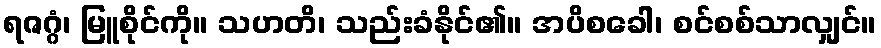
ရဇဂ္ဂံ၊ မြူစိုင်ကို။ သဟတိ၊ သည်းခံနိုင်၏။ အပိစခေါ၊ စင်စစ်သာလျှင်။